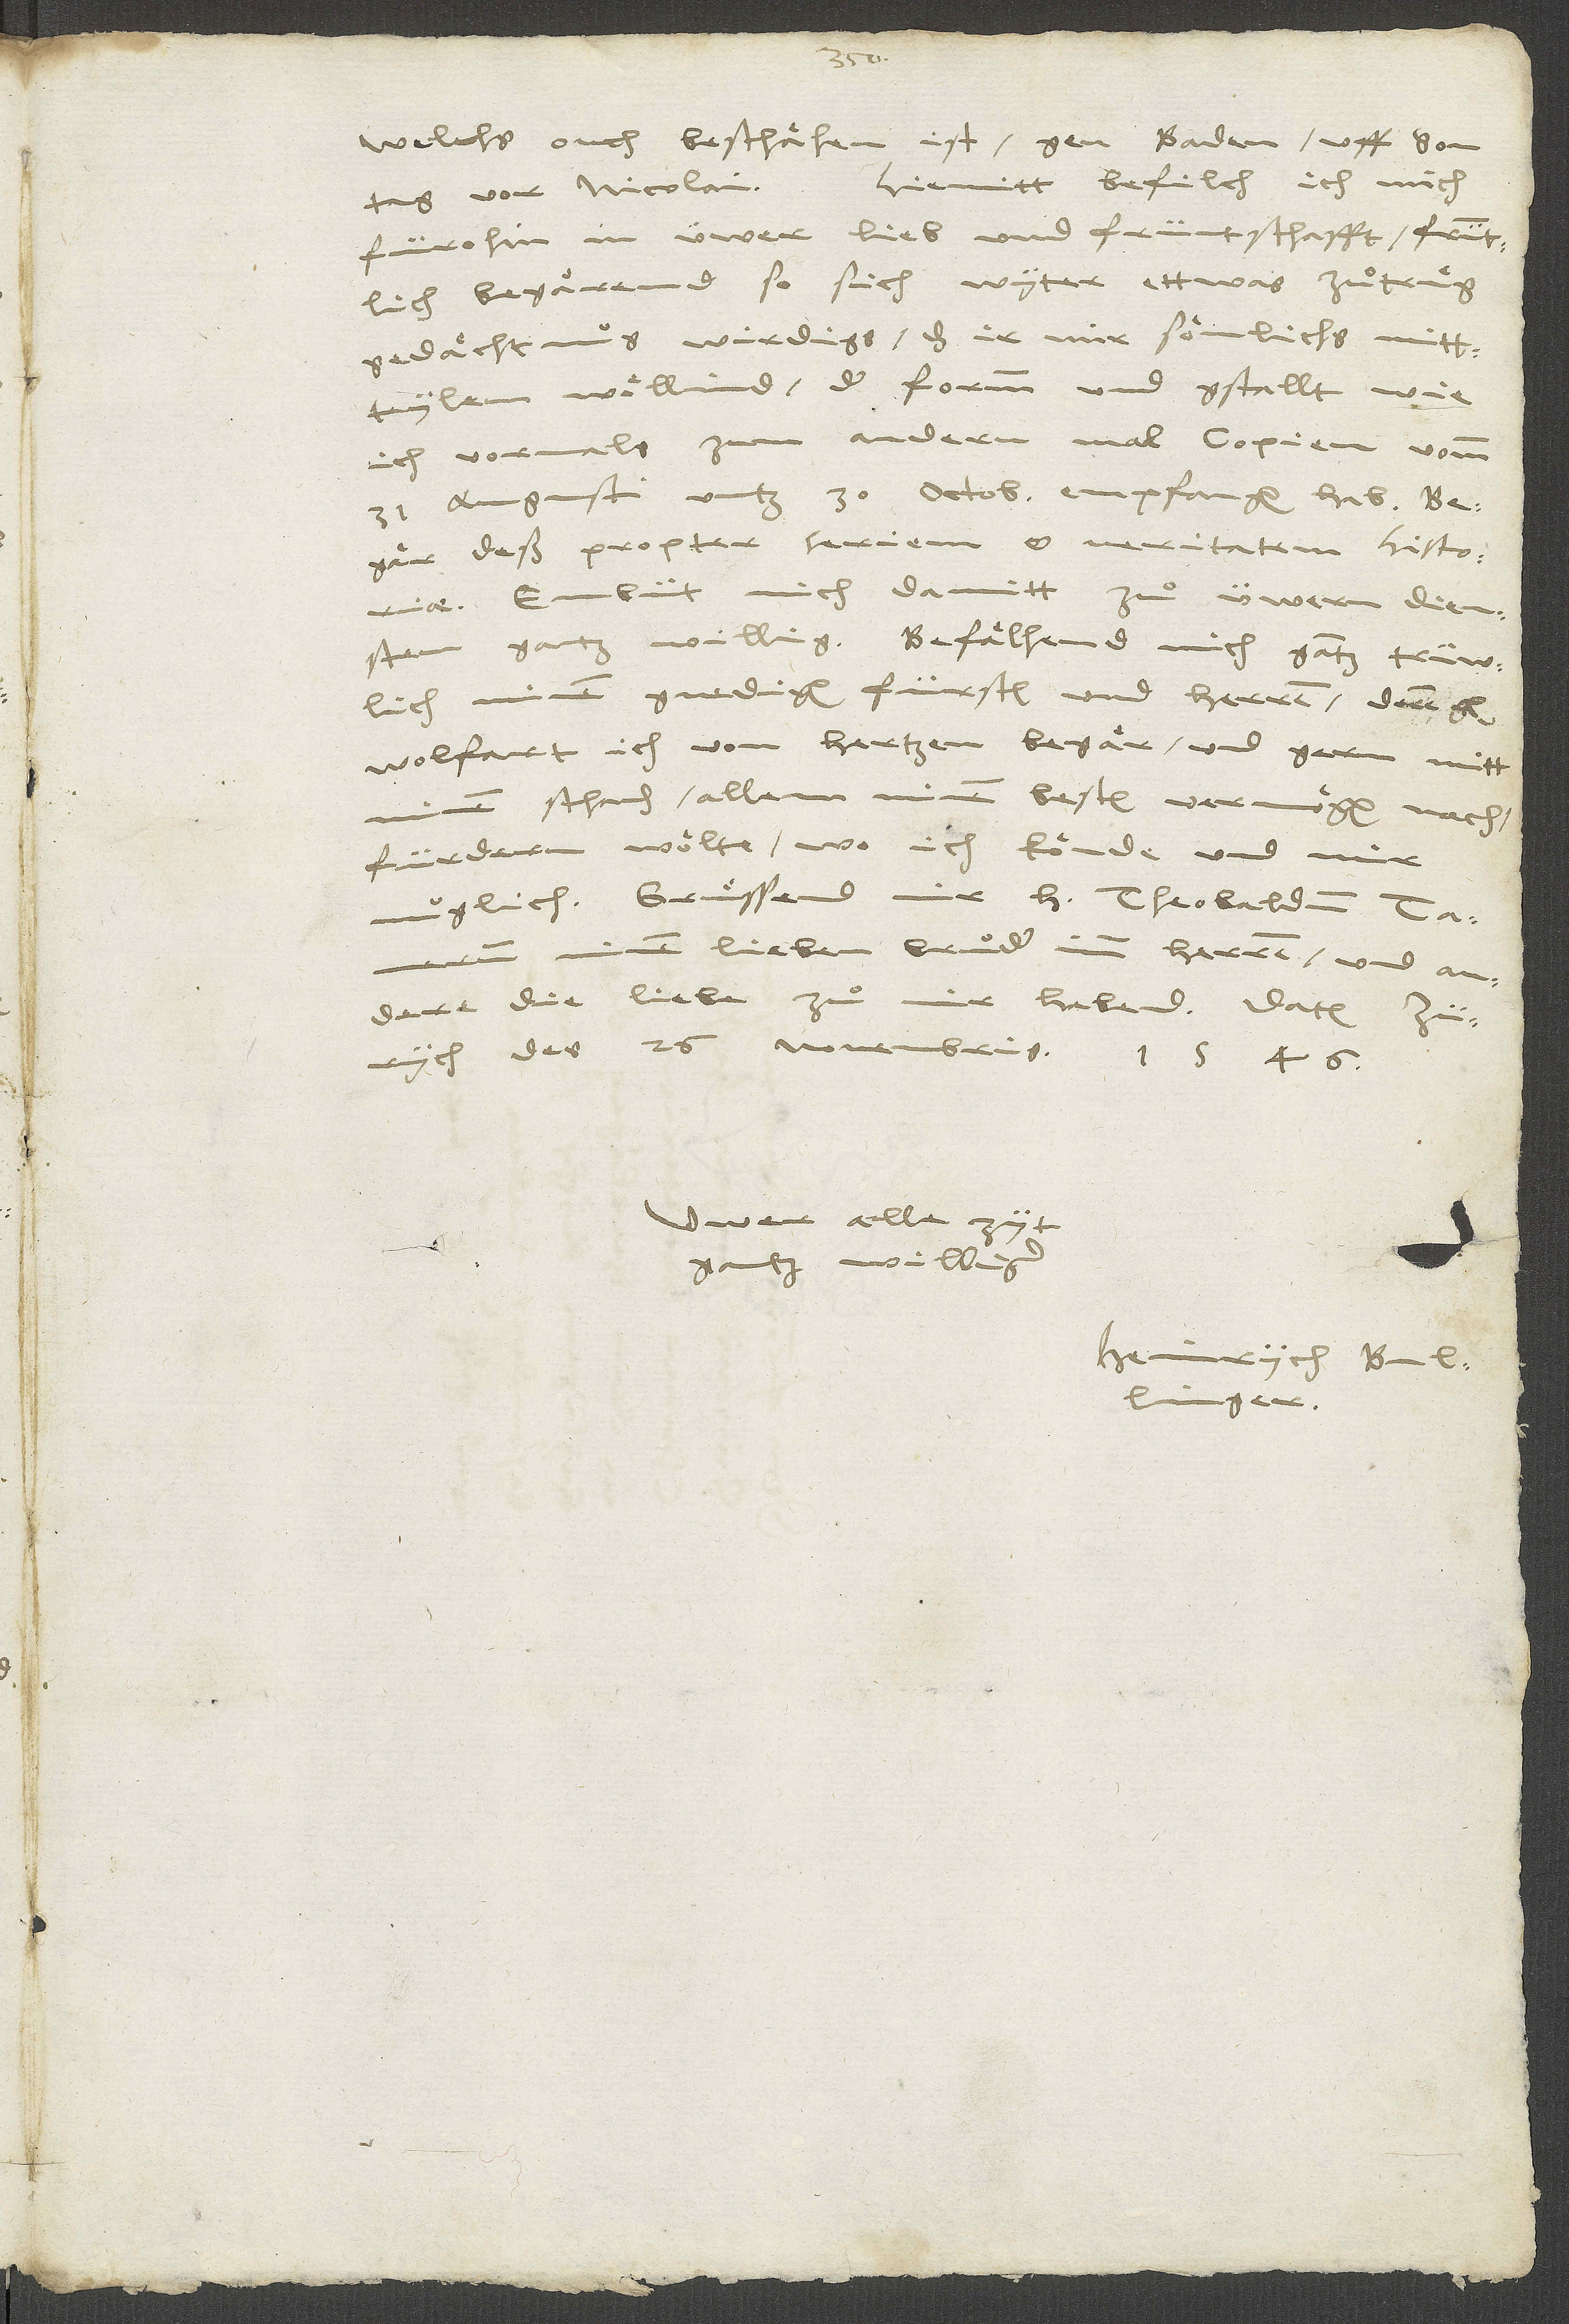
(welchs ouch beschaͤhen ist) gen Baden uff sontag
Hiemitt befilch ich mich
vor Nicolai.
fürohin in üwer lieb und früntschafft früntlich
begaͤrend, so sich wyter ettwas zuͦtruͤg
gedaͤchtnuswirdigs, das ir mir soͤmlichs mittteylen
woͤllind der formm und gstallt, wie
ich vormals zum andern mal copien vom
31. augusti untz 30. octobris empfangen hab.
Begaͤr deß propter seriem et veritatem historiae.
Embüt mich damitt zuͦ üwern diensten
wolfart ich von hertzen begaͤr und gern mitt
minem schaden allem minem besten vermoͤgen nach
fürdern woͤlte, wo ich koͤnde und mir
muglich. Gruͤssend mir h. Theobaldum Tamerum,
minen lieben bruͦder imm herren, und andere,
die liebe zuͦ mir habend. Datum
Zürych des 26. novembris 1546.
Üwer alle zyt
gantz williger
Heinrych Bullinger.